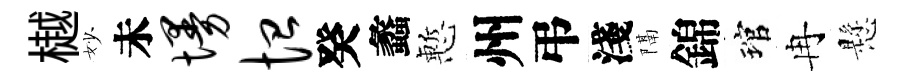
樾妙未墁恤癸蠡慙州弔淺隔錦琯冉懸